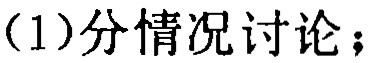
（1）分情况讨论；